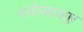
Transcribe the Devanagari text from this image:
बंसीपहाडपुर